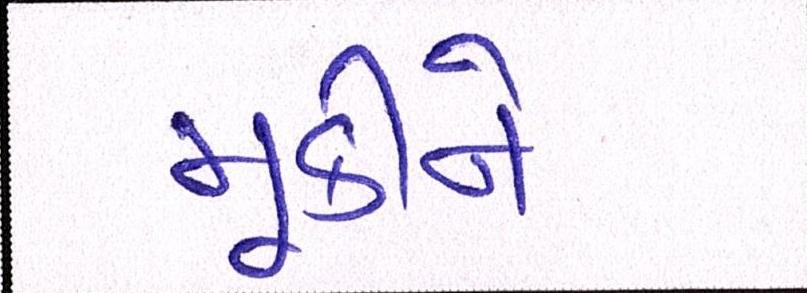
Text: મૂકીને